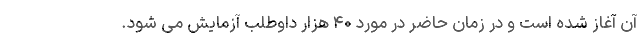
آن آغاز شده است و در زمان حاضر در مورد ۴۰ هزار داوطلب آزمایش می شود.